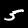
Digit: 5